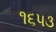
૧૬૫૩